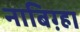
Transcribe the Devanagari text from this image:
नाबिग़्हा